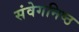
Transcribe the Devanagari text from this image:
संवेगनिष्ठ